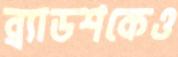
ব্র্যাডশকেও